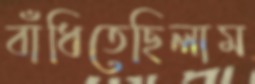
বাঁধিতেছিলাম